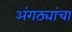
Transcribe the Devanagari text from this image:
अंगठ्यांचा